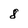
Character: 8